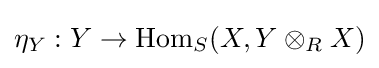
\eta _{Y}:Y\to \operatorname {Hom} _{S}(X,Y\otimes _{R}X)